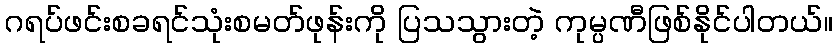
ဂရပ်ဖင်းစခရင်သုံးစမတ်ဖုန်းကို ပြသသွားတဲ့ ကုမ္ပဏီဖြစ်နိုင်ပါတယ်။